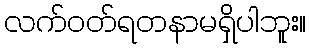
လက်ဝတ်ရတနာမရှိပါဘူး။